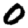
Digit: 0